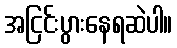
အငြင်းပွားနေရဆဲပါ။